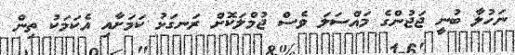
ނަހުލާ ބުނީ ޖަޖުންގެ މައްސަލަ ވެސް ޖުމްލަކޮށް ރަނގަޅު ކަމަށާއި އެކަމަކު ތިން